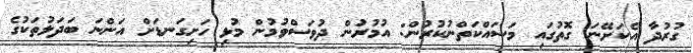
ގުރުދާ އެކަށޭނަ ގޮތުގައި މަސައްކަތްނުކުރުން: އުމުރުން ދުވަސްވުމުން މުޅި ހަށިގަނޑަށް އަންނަ ބަދަލުތަކުގެ